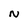
Character: N